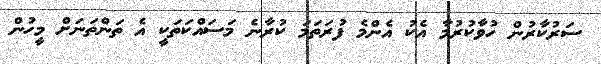
ސަރުކާރުން ހުވާކުރުމާ އެކު އެންމެ ފުރަތަމަ ކުރާނެ މަސައްކަތަކީ އެ ތަންތަނަށް މީހުން